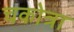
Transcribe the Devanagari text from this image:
चकोत्रा